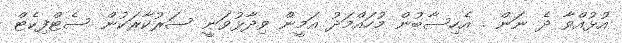
އުޅުއްވާ ދެ ނަން . އެހިސާބުން މުހައްމަދު އަމީން ވިދާޅުވަނީ ސަރުކާރަކުން ސެޓްފިކެޓް